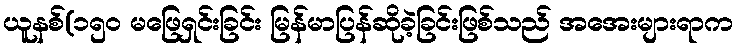
ယူနစ်(၁၅၀ မဖြေရှင်းခြင်း မြန်မာပြန်ဆိုခဲ့ခြင်းဖြစ်သည် အအေးများရာက